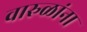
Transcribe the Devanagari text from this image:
वारुळांना